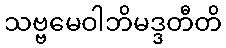
သဗ္ဗမေဝါဘိမဒ္ဒတီတိ